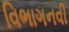
વિભાગનવી